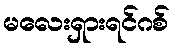
မလေးရှားရင်ဂစ်